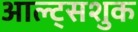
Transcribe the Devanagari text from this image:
आल्ट्सशुक